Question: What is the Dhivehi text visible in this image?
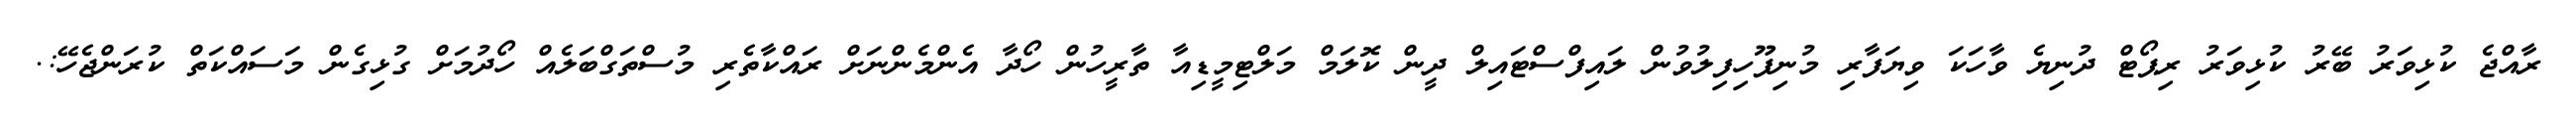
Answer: ރާއްޖެ ކުޅިވަރު ބޭރު ކުޅިވަރު ރިޕޯޓް ދުނިޔެ ވާހަކަ ވިޔަފާރި މުނިފޫހިފިލުވުން ލައިފްސްޓައިލް ދީން ކޮލަމް މަލްޓިމީޑިއާ ތާރީހުން ހޯދާ އެންމެންނަށް ރައްކާތެރި މުސްތަގްބަލެއް ހޯދުމަށް ގުޅިގެން މަސައްކަތް ކުރަންޖެހޭ:.